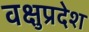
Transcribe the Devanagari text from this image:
वक्षुप्रदेश